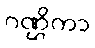
ဂဏ္ဌိကာ